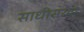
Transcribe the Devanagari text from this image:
साधीसरळ